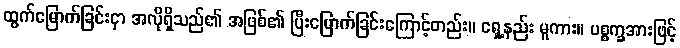
ထွက်မြောက်ခြင်းငှာ အလိုရှိသည်၏ အဖြစ်၏ ပြီးမြောက်ခြင်းကြောင့်တည်း။ ရှေ့နည်း မူကား။ ပစ္စက္ခအားဖြင့်